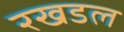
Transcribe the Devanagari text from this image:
रखडल